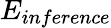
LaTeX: E_{inference}